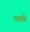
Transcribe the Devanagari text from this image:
कबासे